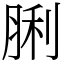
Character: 脷